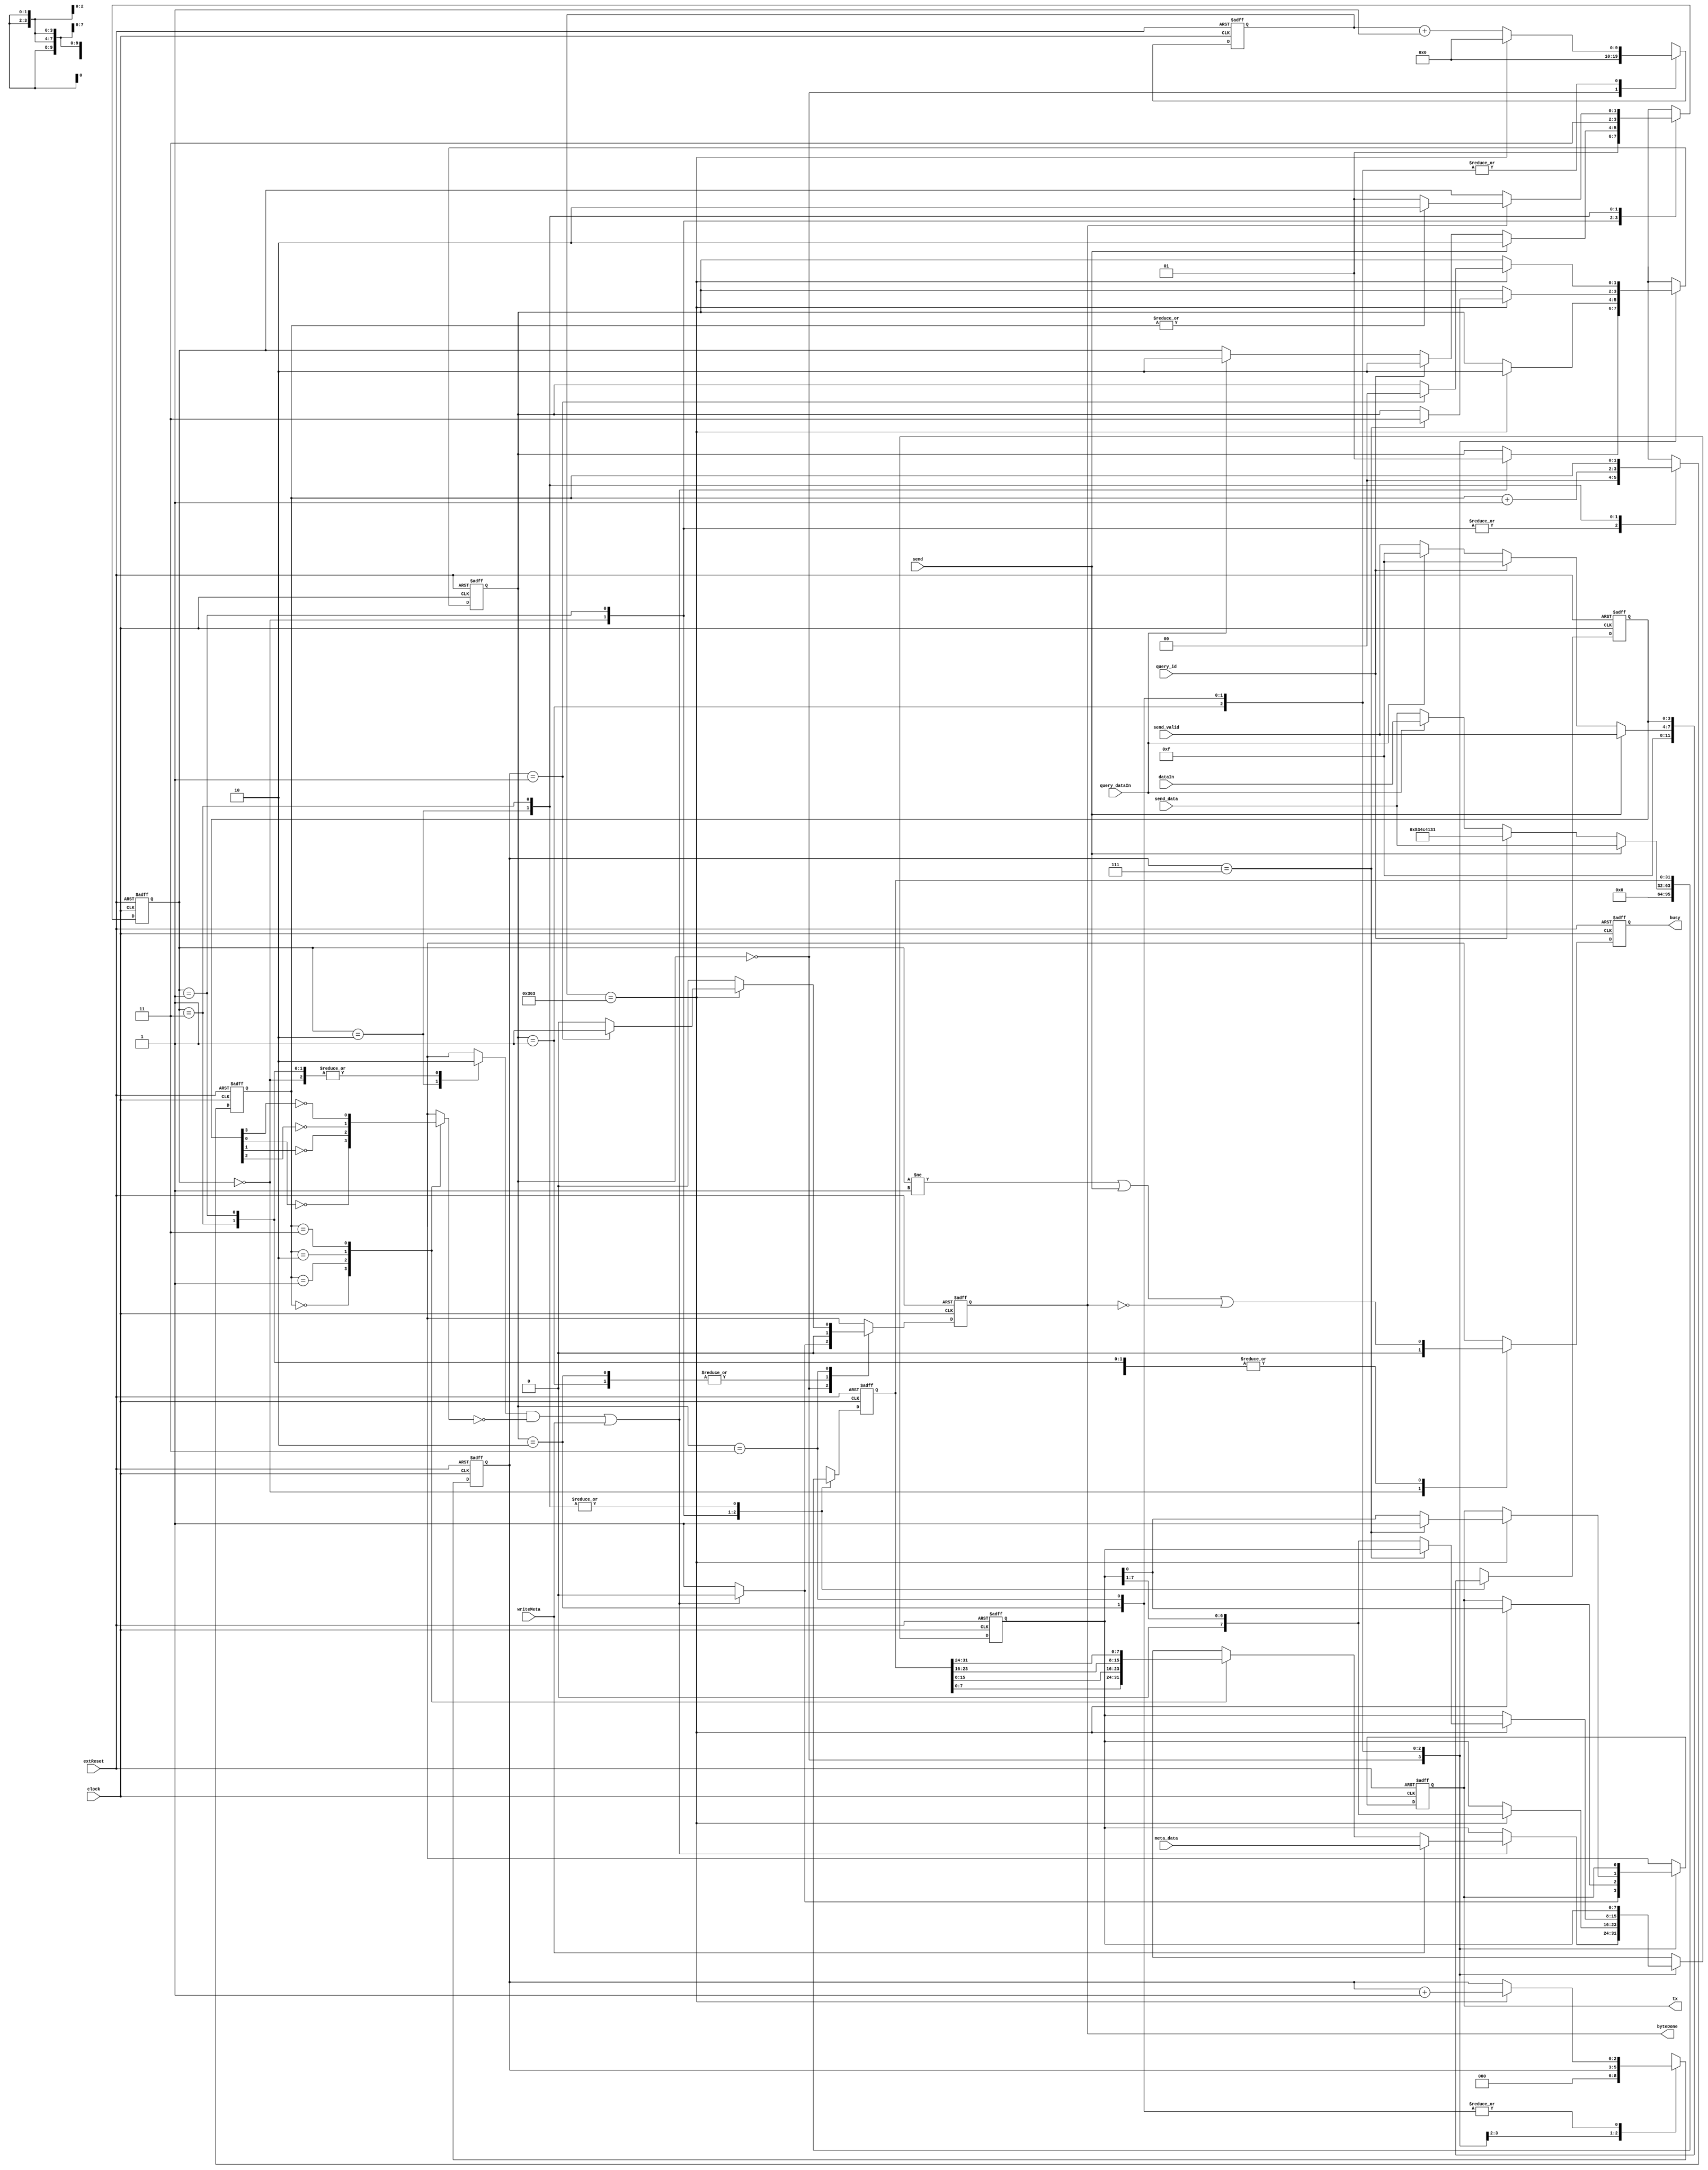
//--------------------------------------------------------------------------------
// transmitter.v
//
// Copyright (C) 2006 Michael Poppitz
// 
// This program is free software; you can redistribute it and/or modify
// it under the terms of the GNU General Public License as published by
// the Free Software Foundation; either version 2 of the License, or (at
// your option) any later version.
//
// This program is distributed in the hope that it will be useful, but
// WITHOUT ANY WARRANTY; without even the implied warranty of
// MERCHANTABILITY or FITNESS FOR A PARTICULAR PURPOSE. See the GNU
// General Public License for more details.
//
// You should have received a copy of the GNU General Public License along
// with this program; if not, write to the Free Software Foundation, Inc.,
// 51 Franklin St, Fifth Floor, Boston, MA 02110, USA
//
//--------------------------------------------------------------------------------
//
// Details: http://www.sump.org/projects/analyzer/
//
// Takes 32bit (one sample) and sends it out on the SPI interface
// End of transmission is signalled by taking back the busy flag.
//
//--------------------------------------------------------------------------------
//
// 12/29/2010 - Verilog Version + cleanups created by Ian Davis (IED) - mygizmos.org
// 01/22/2011 - IED - Tweaked to accept meta data write requests.
//
// 09/06/2013 - Magnus Karlsson - Converted to serial communication
//

`timescale 1ns/100ps

module serial_transmitter(
  clock, extReset,
  send, send_data, send_valid,
  writeMeta, meta_data,
  query_id, query_dataIn, dataIn,
  // outputs...
  tx, busy, byteDone);

parameter [31:0] FREQ = 100000000;
parameter [31:0] RATE = 115200;

input clock;
input extReset;

input send;
input [31:0] send_data;
input [3:0] send_valid;
input writeMeta;
input [7:0] meta_data;
input query_id;
input query_dataIn;
input [31:0] dataIn;
output tx;
output busy;
output byteDone;

parameter [1:0]
  TX_IDLE = 2'h0,
  TX_START = 2'h1,
  TX_SEND = 2'h2,
  TX_STOP = 2'h3;

parameter BITLENGTH = FREQ / RATE;  // 100M / 115200 ~= 868

reg [31:0] sampled_send_data, next_sampled_send_data;
reg [3:0] sampled_send_valid, next_sampled_send_valid;
reg [2:0] bits, next_bits;
reg [1:0] bytesel, next_bytesel;

reg busy, next_busy;
reg writeByte; 

reg [1:0] tx_state, next_tx_state;
reg [9:0] tx_count, next_tx_count;
reg [2:0] bitcount, next_bitcount;
reg [7:0] txByte, next_txByte;
reg tx, next_tx;
reg byteDone, next_byteDone;

//
// Byte select mux...   Revised for better synth. - IED
//
reg [7:0] byte;
reg disabled;
always @*
begin
  #1;
  byte = 0;
  disabled = 0;
  case (bytesel)
    2'h0 : begin byte = sampled_send_data[7:0]; disabled = !sampled_send_valid[0]; end
    2'h1 : begin byte = sampled_send_data[15:8]; disabled = !sampled_send_valid[1]; end
    2'h2 : begin byte = sampled_send_data[23:16]; disabled = !sampled_send_valid[2]; end
    2'h3 : begin byte = sampled_send_data[31:24]; disabled = !sampled_send_valid[3]; end
  endcase
end


//
// Transmit UART - MK
//
always @(posedge clock or posedge extReset) 
begin
  if (extReset) begin
    tx_state = TX_IDLE;
    bitcount = 3'b0;
    txByte = 8'b0;
    byteDone = 1'b1;
    tx_count = 10'd0;
    tx = 1'b1;
  end else begin 
    tx_state = next_tx_state;
    bitcount = next_bitcount;
    txByte = next_txByte;
    byteDone = next_byteDone;
    tx_count = next_tx_count;
    tx = next_tx;
  end
end

always @*
begin
  #1;
  next_tx_state = tx_state;
  next_bitcount = bitcount;
  next_txByte = txByte;
  next_byteDone = 1'b1;
  next_tx_count = 0;
  next_tx = tx;

  case(tx_state)
    TX_IDLE: begin
      next_tx = 1'b1;
      next_bitcount = 0;
      if ((writeByte & !disabled) | writeMeta) begin
        next_tx_state = TX_START;
        next_byteDone = 0;
        next_txByte = writeMeta ? meta_data : byte;
        next_tx = 1'b0;
      end
    end
    TX_START: begin
      next_tx_count = tx_count + 1'b1;
      next_byteDone = 0;
      if (tx_count == BITLENGTH - 1) begin
        next_tx_state = TX_SEND;
        next_tx_count = 0;
        next_tx = txByte[0];
        next_txByte = {1'b0, txByte[7:1]};
      end
    end
    TX_SEND: begin
      next_tx_count = tx_count + 1'b1;
      next_byteDone = 0;
      if (tx_count == BITLENGTH - 1) begin
        next_tx_count = 0;
        next_bitcount = bitcount + 1'b1;
        if (bitcount == 3'd7) begin
          next_tx_state = TX_STOP;
          next_tx = 1'b1;
        end else begin
          next_tx = txByte[0];
          next_txByte = {1'b0, txByte[7:1]};
        end
      end
    end
    TX_STOP: begin
      next_tx_count = tx_count + 1'b1;
      next_byteDone = 0;
      if (tx_count == BITLENGTH - 1) begin
        next_tx_count = 0;
        next_bitcount = bitcount + 1'b1;
        if (bitcount == 3'd1) begin
          next_tx_state = TX_IDLE;
          next_byteDone = 1'b1;
        end
      end
    end
  endcase
end



//
// Control FSM for sending 32 bit words out serial interface...
//
parameter [1:0] INIT = 0, IDLE = 1, SEND = 2, POLL = 3;
reg [1:0] state, next_state;

initial state = INIT;
always @(posedge clock or posedge extReset) 
begin
  if (extReset) 
    begin
      state = INIT;
      sampled_send_data = 32'h0;
      sampled_send_valid = 4'h0;
      bytesel = 3'h0;
      busy = 1'b0;
    end 
  else 
    begin
      state = next_state;
      sampled_send_data = next_sampled_send_data;
      sampled_send_valid = next_sampled_send_valid;
      bytesel = next_bytesel;
      busy = next_busy;
    end
end

always @*
begin
  #1;
  next_state = state;
  next_sampled_send_data = sampled_send_data;
  next_sampled_send_valid = sampled_send_valid;
  next_bytesel = bytesel;

  next_busy = (state != IDLE) || send || !byteDone;
  writeByte = 1'b0;

  case (state) // when write is '1', data will be available with next cycle
    INIT :
      begin
        next_sampled_send_data = 32'h0;
        next_sampled_send_valid = 4'hF;
        next_bytesel = 3'h0;
        next_busy = 1'b0;
        next_state = IDLE;
      end

    IDLE : 
      begin
        next_sampled_send_data = send_data;
        next_sampled_send_valid = send_valid;
        next_bytesel = 0;

        if (send) 
          next_state = SEND;
        else if (query_id) // output dword containing "SLA1" signature
          begin
            next_sampled_send_data = 32'h534c4131; // "SLA1"
            next_sampled_send_valid = 4'hF;
            next_state = SEND;
          end
        else if (query_dataIn)
          begin
            next_sampled_send_data = dataIn;
            next_sampled_send_valid = 4'hF;
            next_state = SEND;
          end
      end

    SEND : // output dword send by controller...
      begin
        writeByte = 1'b1;
        next_bytesel = bytesel + 1'b1;
        next_state = POLL;
      end

    POLL : 
      begin
        if (byteDone)
          next_state = (~|bytesel) ? IDLE : SEND;
      end

    default : next_state = INIT;
  endcase
end
endmodule